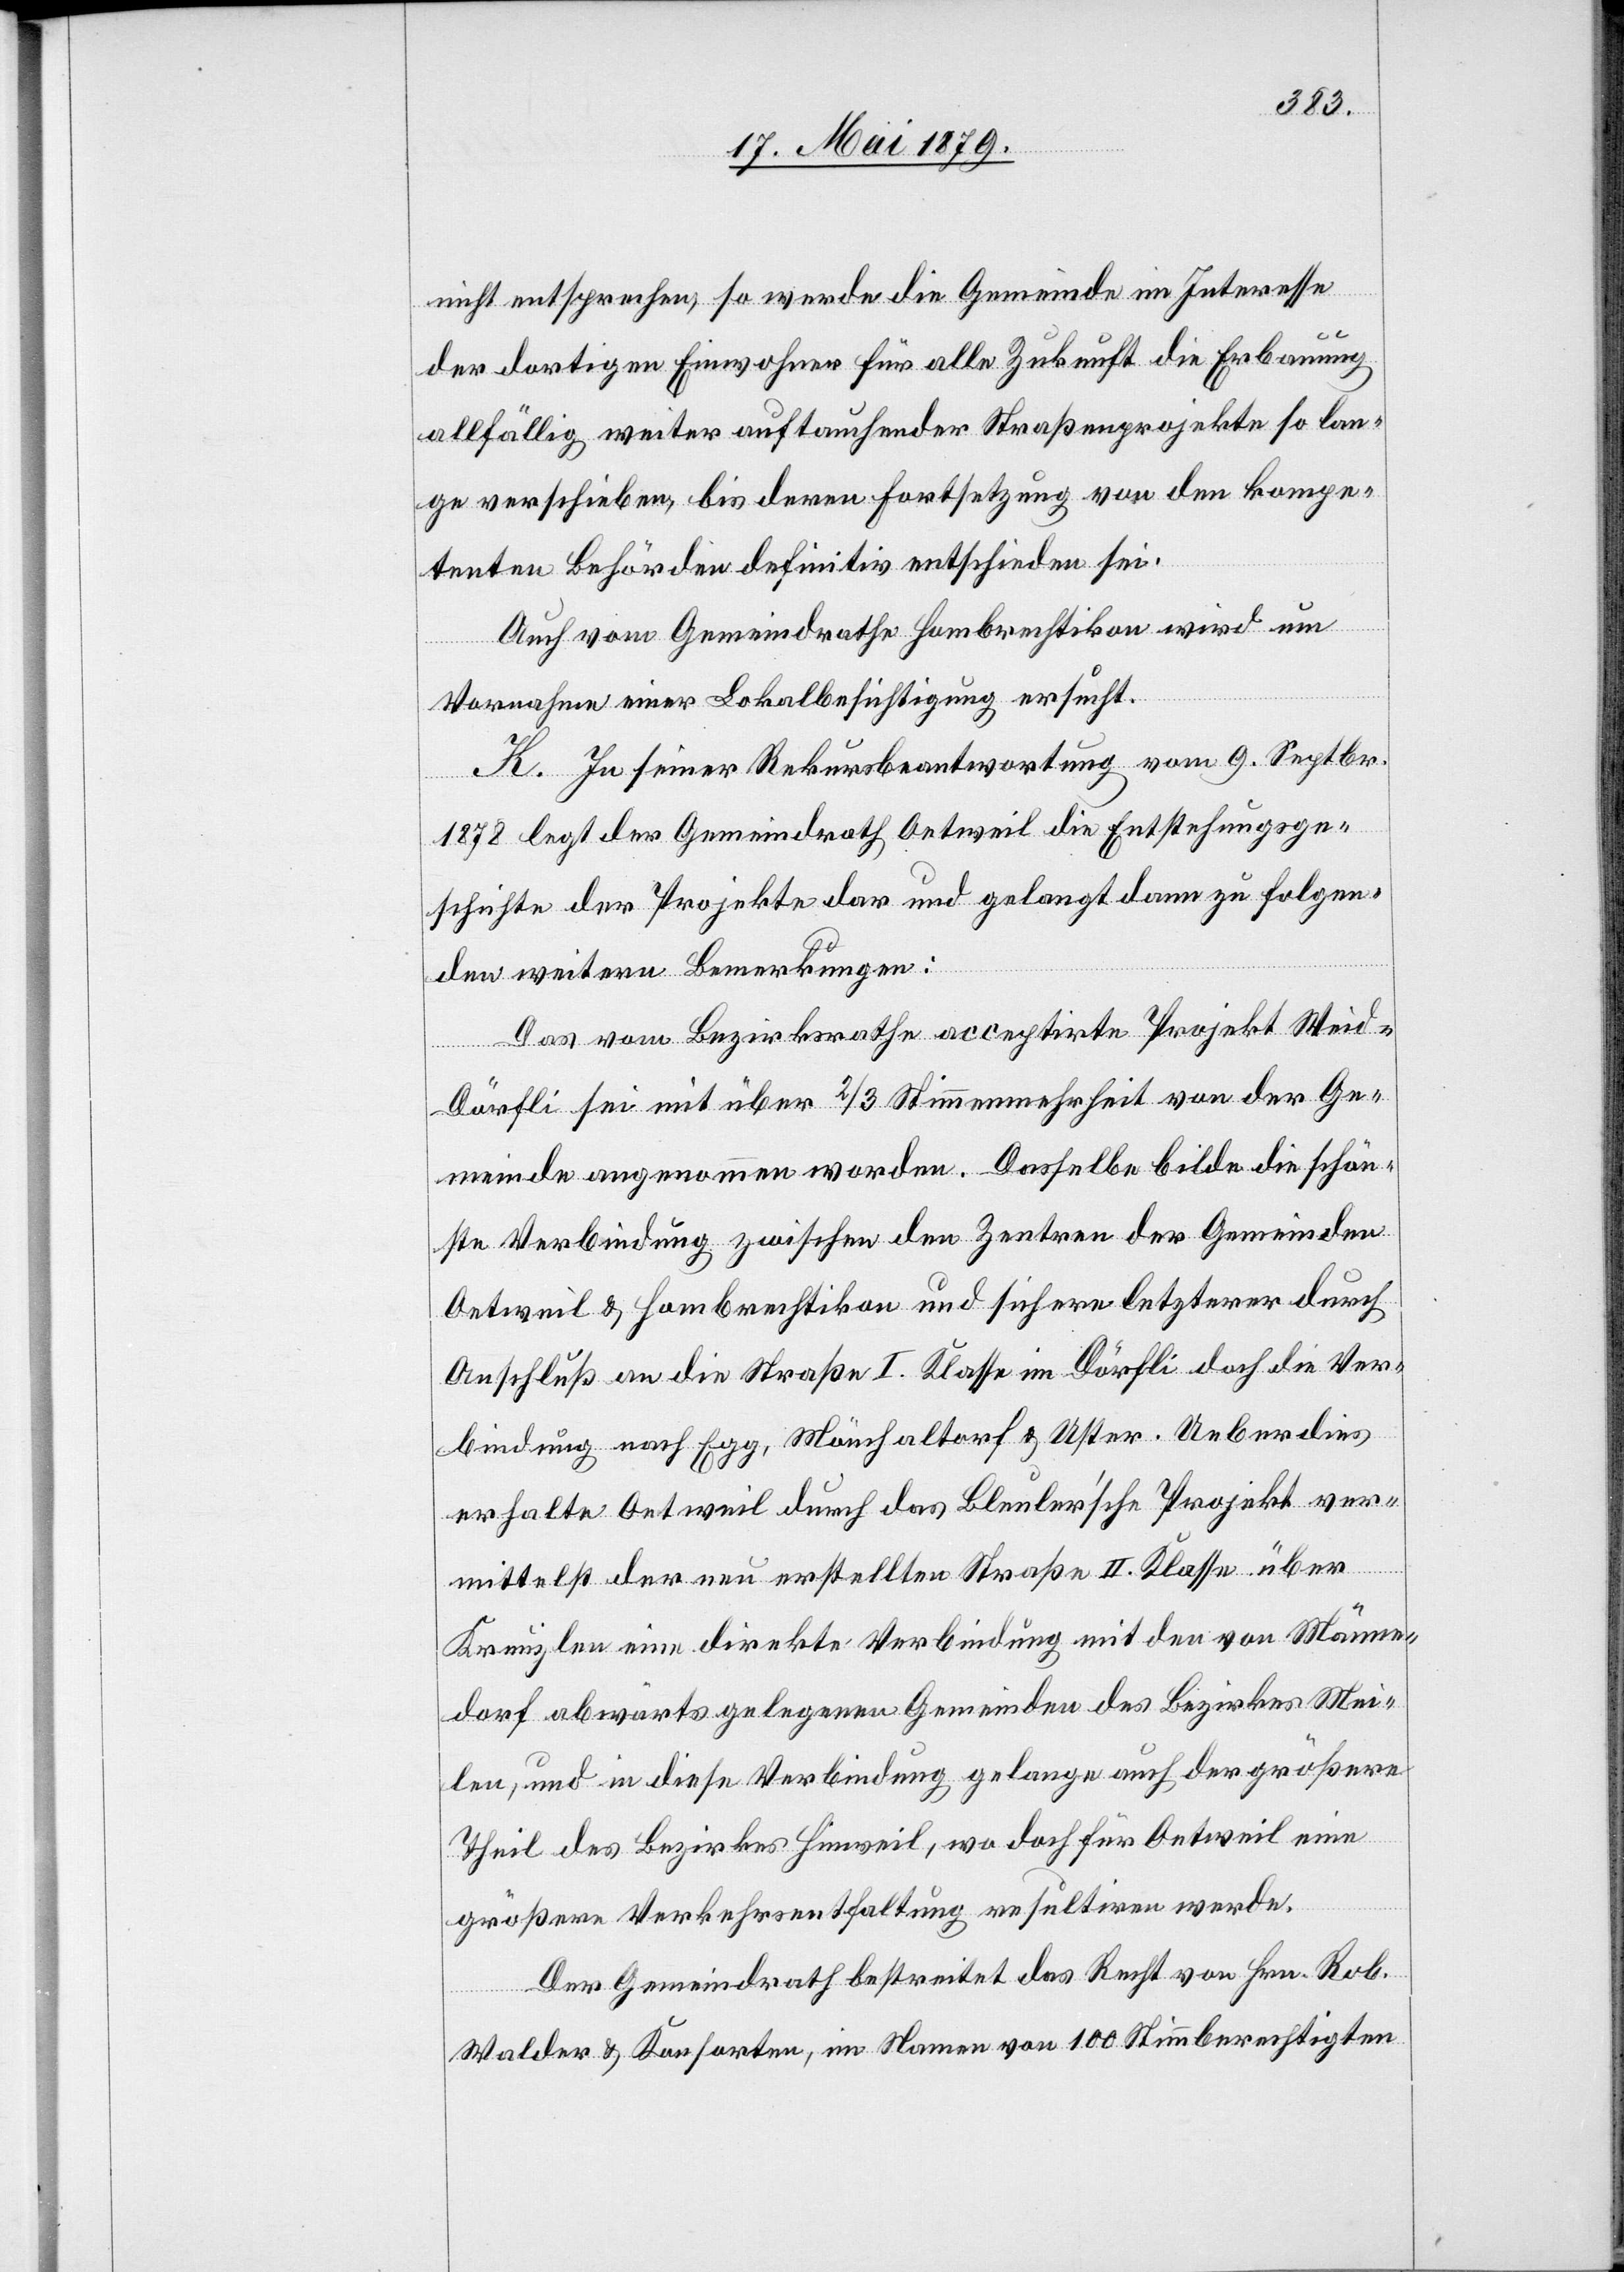
[sic!]–D¬
nicht entsprechen, so werde die Gemeinde im Interesse
der dortigen Einwohner für alle Zukunft die Erbauung
allfällig weiter auftauchender Straßenprojekte so lan¬
ge verschieben, bis deren Fortsetzung von den kompe¬
tenten Behörden definitiv entschieden sei.
Auch vom Gemeindrathe Hombrechtikon wird um
Vornahme einer Lokalbesichtigung ersucht.
K. In seiner Rekursbeantwortung vom 9. Septbr.
1878 legt der Gemeindrath Oetweil die Entstehungsge¬
schichte der Projekte dar und gelangt dann zu folgen¬
den weitern Bemerkungen:
Das vom Bezirksrathe acceptirte Projekt Weid
örfli sei mit über 2/3 Stimmenmehrheit von der Ge¬
meinde angenommen worden. Dasselbe bilde die schön¬
ste Verbindung zwischen den Zentren der Gemeinden
Oetweil & Hombrechtikon und sichere letzterer durch
Anschluß an die Straße I. Klasse im Dörfli doch die Ver¬
bindung nach Egg, Mönchaltorf & Uster. Ueberdies
erhalte Oetweil durch das Bleuler’sche Projekt ver¬
mittelst der neu erstellten Straße II. Klasse über
Kreuzlen eine direkte Verbindung mit den von Männe¬
dorf abwärts gelegenen Gemeinden des Bezirkes Mei¬
len, und in diese Verbindung gelange auch der größere
Theil des Bezirkes Hinweil, wo doch für Oetweil eine
größere Verkehrsentfaltung resultiren werde.
Der Gemeindrath bestreitet das Recht von Hrn. Rob.
Walder & Konsorten, im Namen von 100 Stimmberechtigten